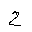
Letter: _ha